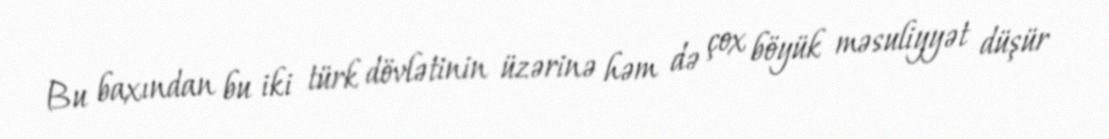
Bu baxından bu iki türk dövlətinin üzərinə həm də çox böyük məsuliyyət düşür